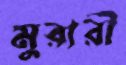
মুরারী